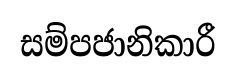
සම්පජානිකාරී